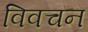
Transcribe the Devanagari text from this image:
विवचन